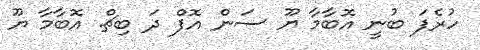
ހުރެފަ ބުނީ އޮބާމާ ޔޫ ސަން އޮފް ދަ ބިޗް. އޮބާމާ ޔޫ